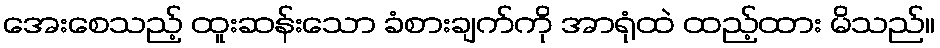
အေးစေသည့် ထူးဆန်းသော ခံစားချက်ကို အာရုံထဲ ထည့်ထား မိသည်။